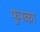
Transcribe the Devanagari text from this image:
फुस्का